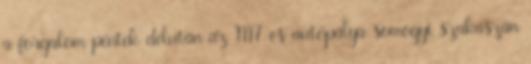
a forgalom péntek délután az M7-es autópálya somogyi szakaszán